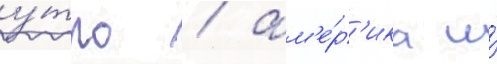
у́тро / ам'е́р'ика и́